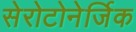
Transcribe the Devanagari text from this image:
सेरोटोनेर्जिक